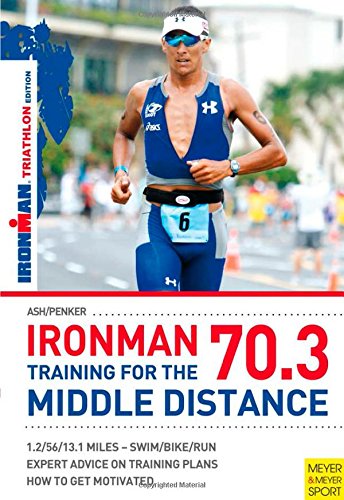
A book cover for Ironman 70.3; Henry Ash; Health, Fitness & Dieting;